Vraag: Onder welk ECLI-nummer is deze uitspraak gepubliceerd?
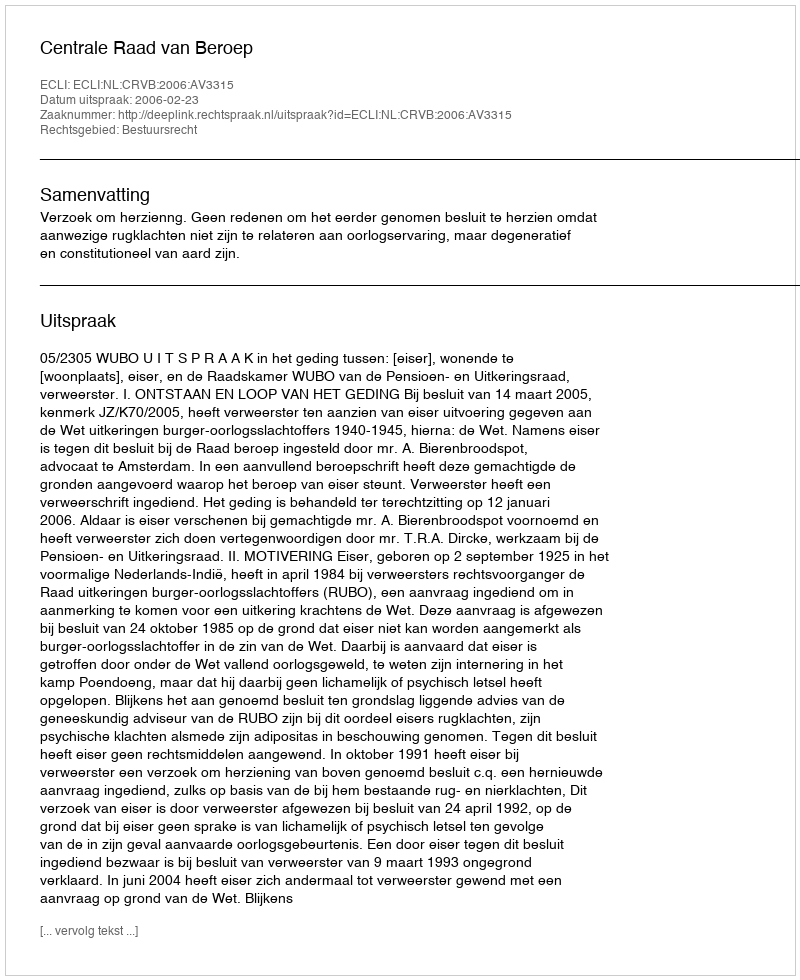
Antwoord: ECLI:NL:CRVB:2006:AV3315